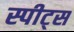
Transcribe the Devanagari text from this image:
स्पीट्स